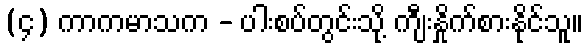
(၄) ကာကမာသက - ပါးစပ်တွင်းသို့ ကျီးနှိုက်စားနိုင်သူ။